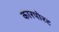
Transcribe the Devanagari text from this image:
कारपोरट